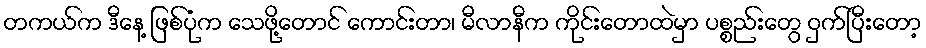
တကယ်က ဒီနေ့ ဖြစ်ပုံက သေဖို့တောင် ကောင်းတာ၊ မီလာနီက ကိုင်းတောထဲမှာ ပစ္စည်းတွေ ဝှက်ပြီးတော့